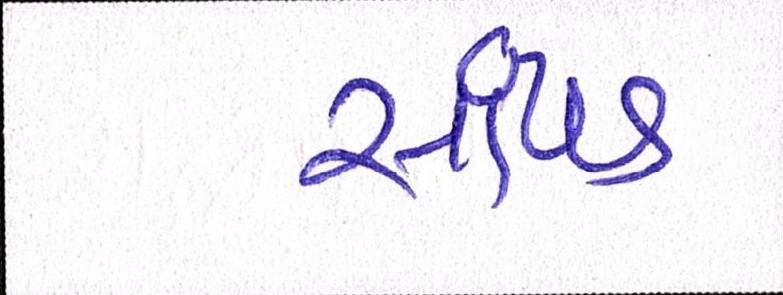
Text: સાંપડ